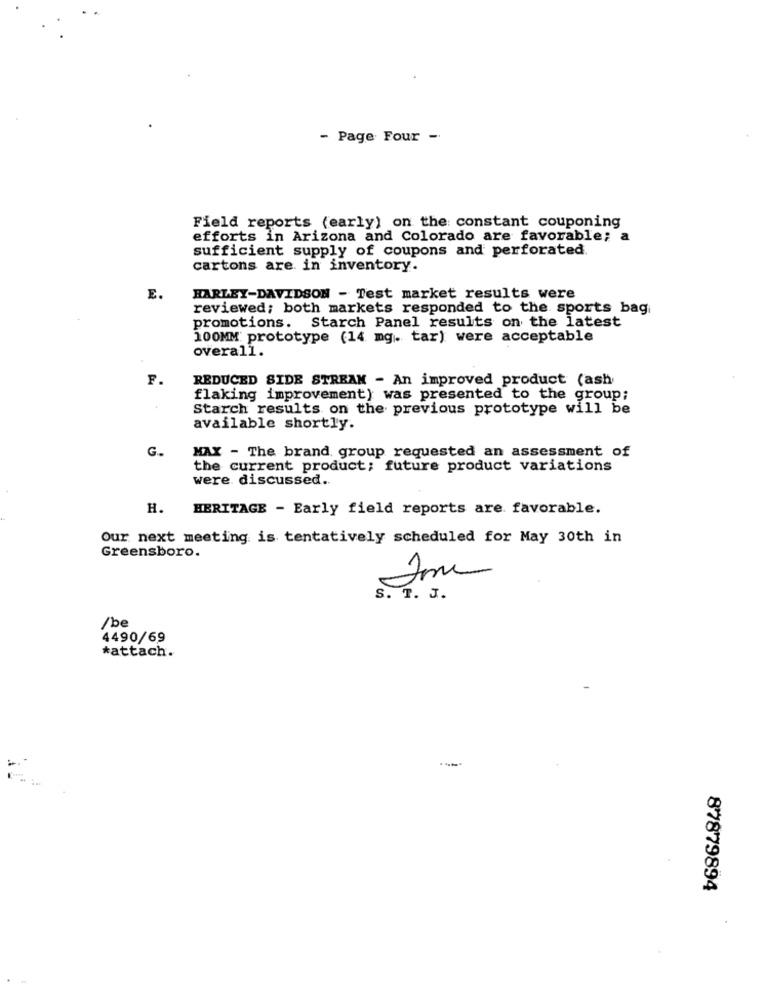
- Page Four -
Field reports (early) on the constant couponing
efforts in Arizona and Colorado are favorable; a
sufficient supply of coupons and perforated
cartons are in inventory.
E.
HARLEY-DAVIDSON - Test market results were
reviewed; both markets responded to the sports bag
promotions. Starch Panel results on the latest
100MM: prototype (14 mg. tar) were acceptable
overall.
F.
REDUCED SIDE STREAM - An improved product (ash
flaking improvement) was presented to the group;
Starch results on the previous prototype will be
available shortly.
G.
MAX - The brand, group requested an assessment of
the current product; future product variations
were discussed ..
H.
HERITAGE - Early field reports are favorable.
Our next meeting is tentatively scheduled for May 30th in
Greensboro.
S. T. J.
/be
4490/69
*attach.
87879894